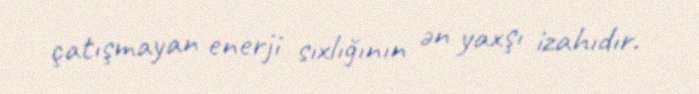
çatışmayan enerji sıxlığının ən yaxşı izahıdır.